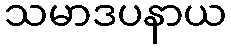
သမာဒပနာယ